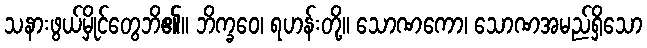
သနားဖွယ်မှိုင်တွေဘိ၏။ ဘိက္ခဝေ၊ ရဟန်းတို့။ သောဏကော၊ သောဏအမည်ရှိသော